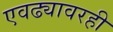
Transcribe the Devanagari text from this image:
एवढ्यावरही